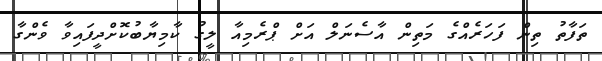
ތަފާތު ތިން ފަހަރެއްގެ މަތިން އާސެނަލް އަށް ޕްރެމިއާ ލީގު ކާމިޔާބުކޮށްދީފައިވާ ވެންގާ